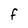
Character: F